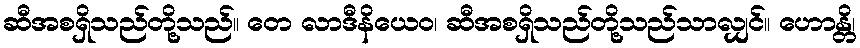
ဆီအစရှိသည်တို့သည်။ တေ လာဒီနိယေဝ၊ ဆီအစရှိသည်တို့သည်သာလျှင်။ ဟောန္တိ၊